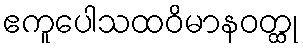
ဧကူပေါသထဝိမာနဝတ္ထု